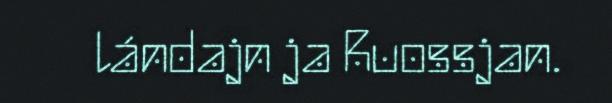
lándajn ja Ruossjan.